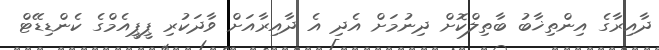
ދާއިރާގެ އިންތިޚާބު ބާތިލްކޮށް ދިނުމަށް އެދި އެ ދާއިރާއަށް ވާދަކުރި ޕީޕީއެމްގެ ކެންޑިޑޭޓް